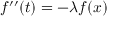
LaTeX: f ^ { \prime \prime } ( t ) = - \lambda f ( x )